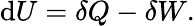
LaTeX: \mathrm{d}U=\delta Q-\delta W.